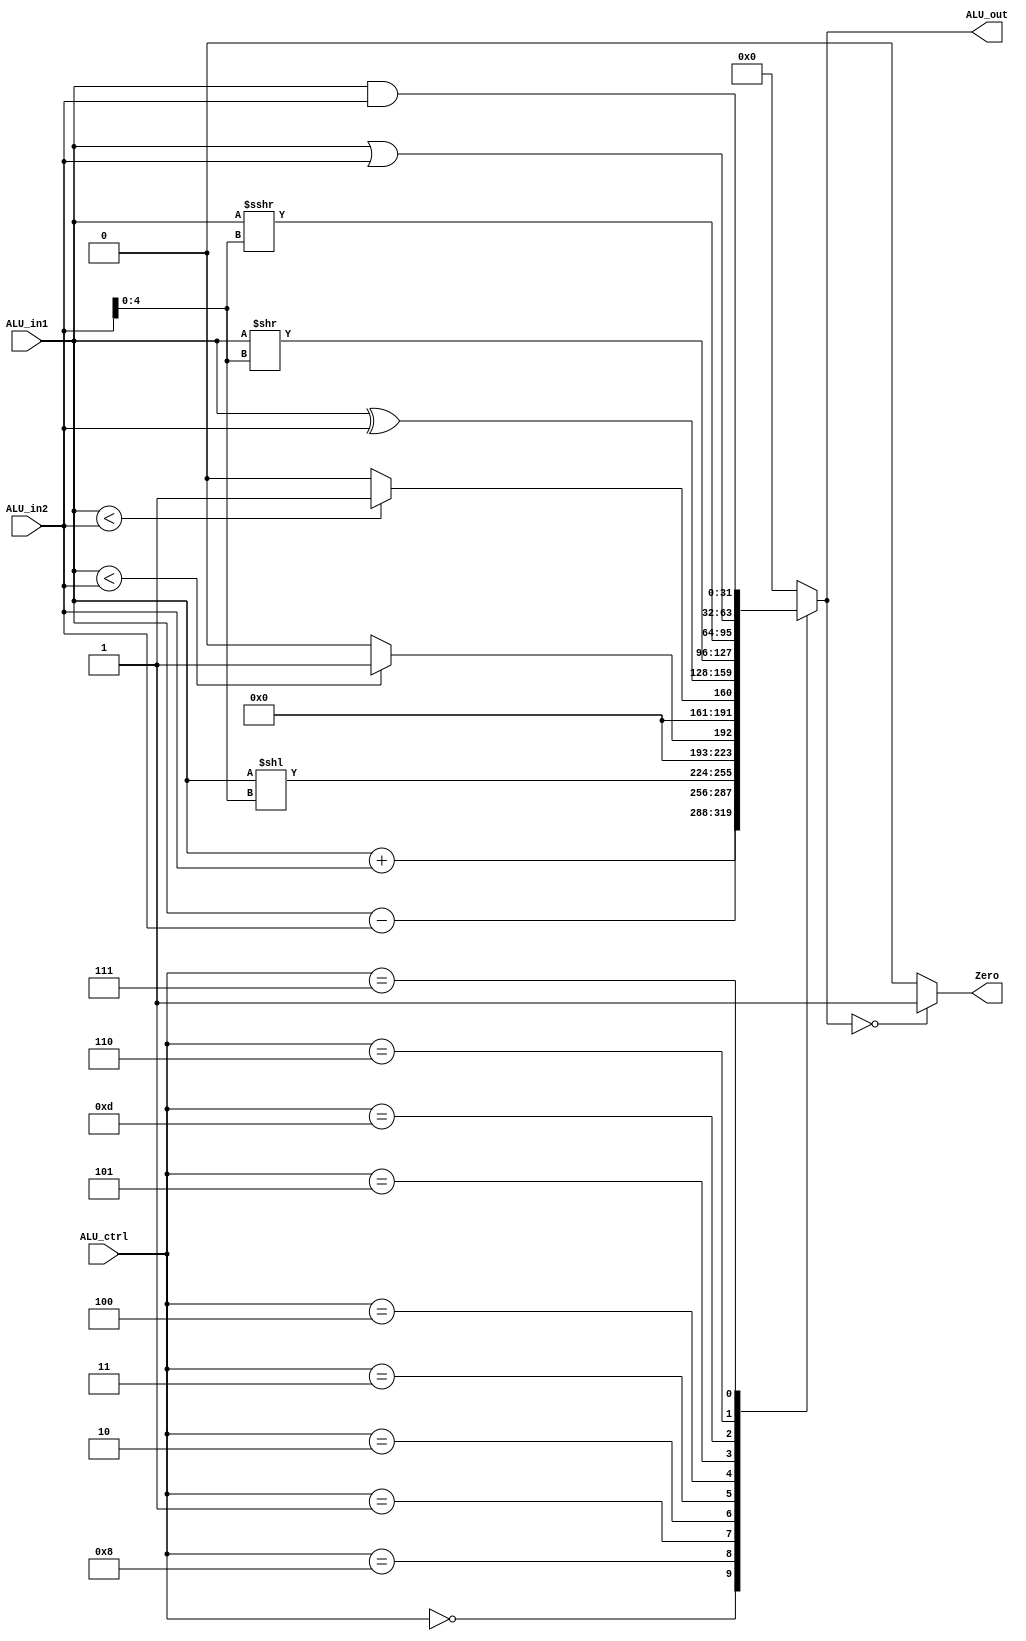
module alu(
    input      [31:0] ALU_in1, ALU_in2,
    input      [3:0]  ALU_ctrl,
    output reg        Zero,
    output reg [31:0] ALU_out
);

always @ (ALU_in1 or ALU_in2 or ALU_ctrl) begin
  case(ALU_ctrl)
  4'b0000: ALU_out = $signed(ALU_in1) + $signed(ALU_in2);             //ADD
  4'b1000: ALU_out = ALU_in1 - ALU_in2;                               //SUB
  4'b0001: ALU_out = $unsigned(ALU_in1) << $unsigned(ALU_in2[4:0]);   //SLL
  4'b0010: ALU_out = $signed(ALU_in1) < $signed(ALU_in2)? 1:0;        //SLT
  4'b0011: ALU_out = ALU_in1 < ALU_in2? 1:0;                          //SLTU
  4'b0100: ALU_out = ALU_in1 ^ ALU_in2;                               //XOR
  4'b0101: ALU_out = ALU_in1 >> ALU_in2[4:0];                         //SRL
  4'b1101: ALU_out = $signed(ALU_in1) >>> ALU_in2[4:0];                        //SRA
  4'b0110: ALU_out = ALU_in1 | ALU_in2;                               //OR
  4'b0111: ALU_out = ALU_in1 & ALU_in2;                               //AND
  default: ALU_out = 32'b0;
  endcase
  if(ALU_out == 0)
    Zero = 1;
  else
    Zero = 0;
end
endmodule